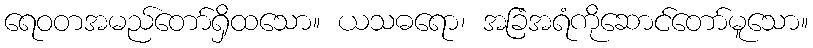
ရေဝတအမည်တော်ရှိထသော။ ယသဓရော၊ အခြံအရံကိုဆောင်တော်မူသော။